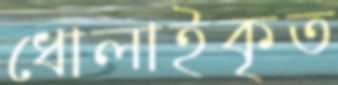
ধোলাইকৃত